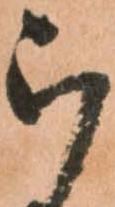
被